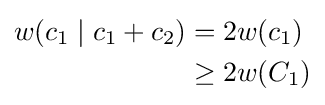
{\begin{aligned}w(c_{1}\mid c_{1}+c_{2})&=2w(c_{1})\\&\geq 2w(C_{1})\end{aligned}}